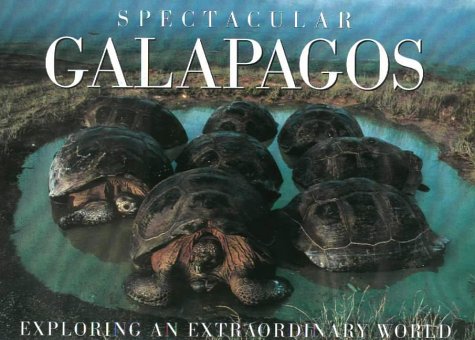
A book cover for Spectacular Galapagos; Tui De Roy; Travel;